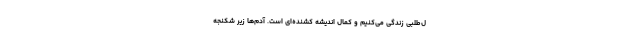
ل‌طلبی زندگی می‌کنیم و کمال اندیشهٔ کشنده‌ای است. آدم‌ها زیر شکنجهٔ